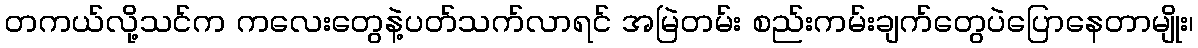
တကယ်လို့သင်က ကလေးတွေနဲ့ပတ်သက်လာရင် အမြဲတမ်း စည်းကမ်းချက်တွေပဲပြောနေတာမျိုး၊